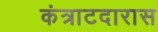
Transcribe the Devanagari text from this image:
कंत्राटदारास